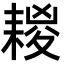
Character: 䎫